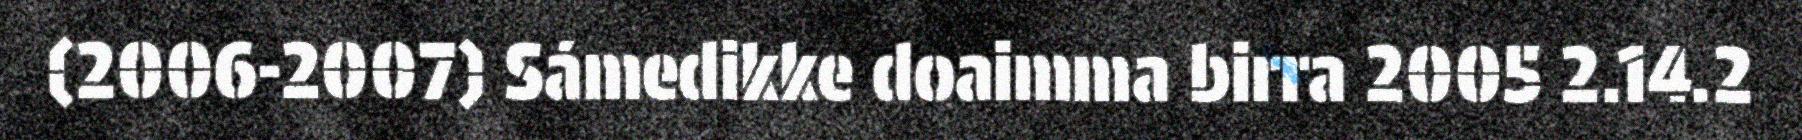
(2006-2007) Sámedikke doaimma birra 2005 2.14.2